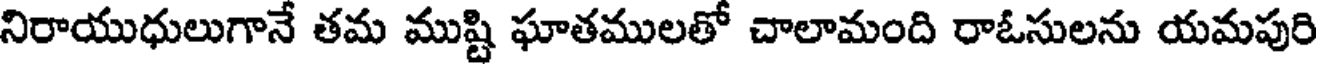
నిరాయుధులుగానే తమ ముష్టి ఘాతములతో చాలామంది రాఓసులను యమపురి